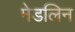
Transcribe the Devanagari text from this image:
मेडलिन